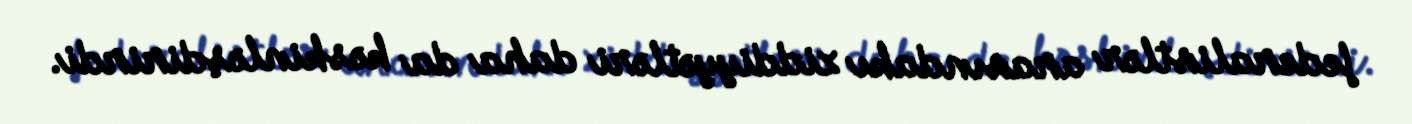
federalistlər arasındakı ziddiyyətləri daha da kəskinləşdirirdi.